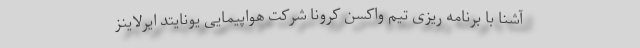
آشنا با برنامه ریزی تیم واکسن کرونا شرکت هواپیمایی یونایتد ایرلاینز